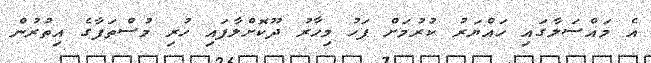
އެ މައްސަލާގައި ހައްޔަރު ކުރުމަށް ފަހު މިހާރު ދޫކޮށްލާފައި ހުރި މުސްތަފާގެ އިތުރުން